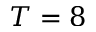
T = 8